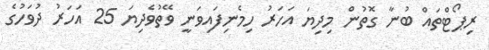
ރިޕޯޓްތައް ބުނާ ގޮތުން މިދިޔަ އަހަރު ހިމެނިފައިވަނީ ވޭތުވެދިޔަ 25 އަހަރު ދުވަހުގެ